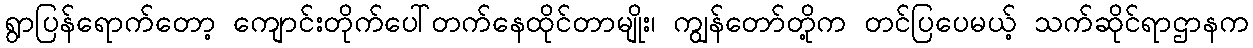
ရွာပြန်ရောက်တော့ ကျောင်းတိုက်ပေါ်တက်နေထိုင်တာမျိုး၊ ကျွန်တော်တို့က တင်ပြပေမယ့် သက်ဆိုင်ရာဌာနက